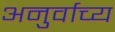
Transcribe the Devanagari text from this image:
अनुर्वाच्य